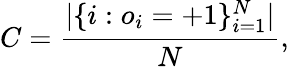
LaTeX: C=\frac{|\{ i:o_{i}=+1\} _{i=1}^{N}|}{N},